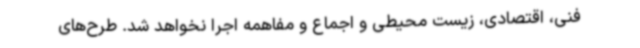
فنی، اقتصادی، زیست محیطی و اجماع و مفاهمه اجرا نخواهد شد. طرح‌های